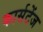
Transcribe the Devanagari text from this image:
कार्सटेंज